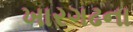
ખારગઢના